Karksi_vallavalitsus, lk 146
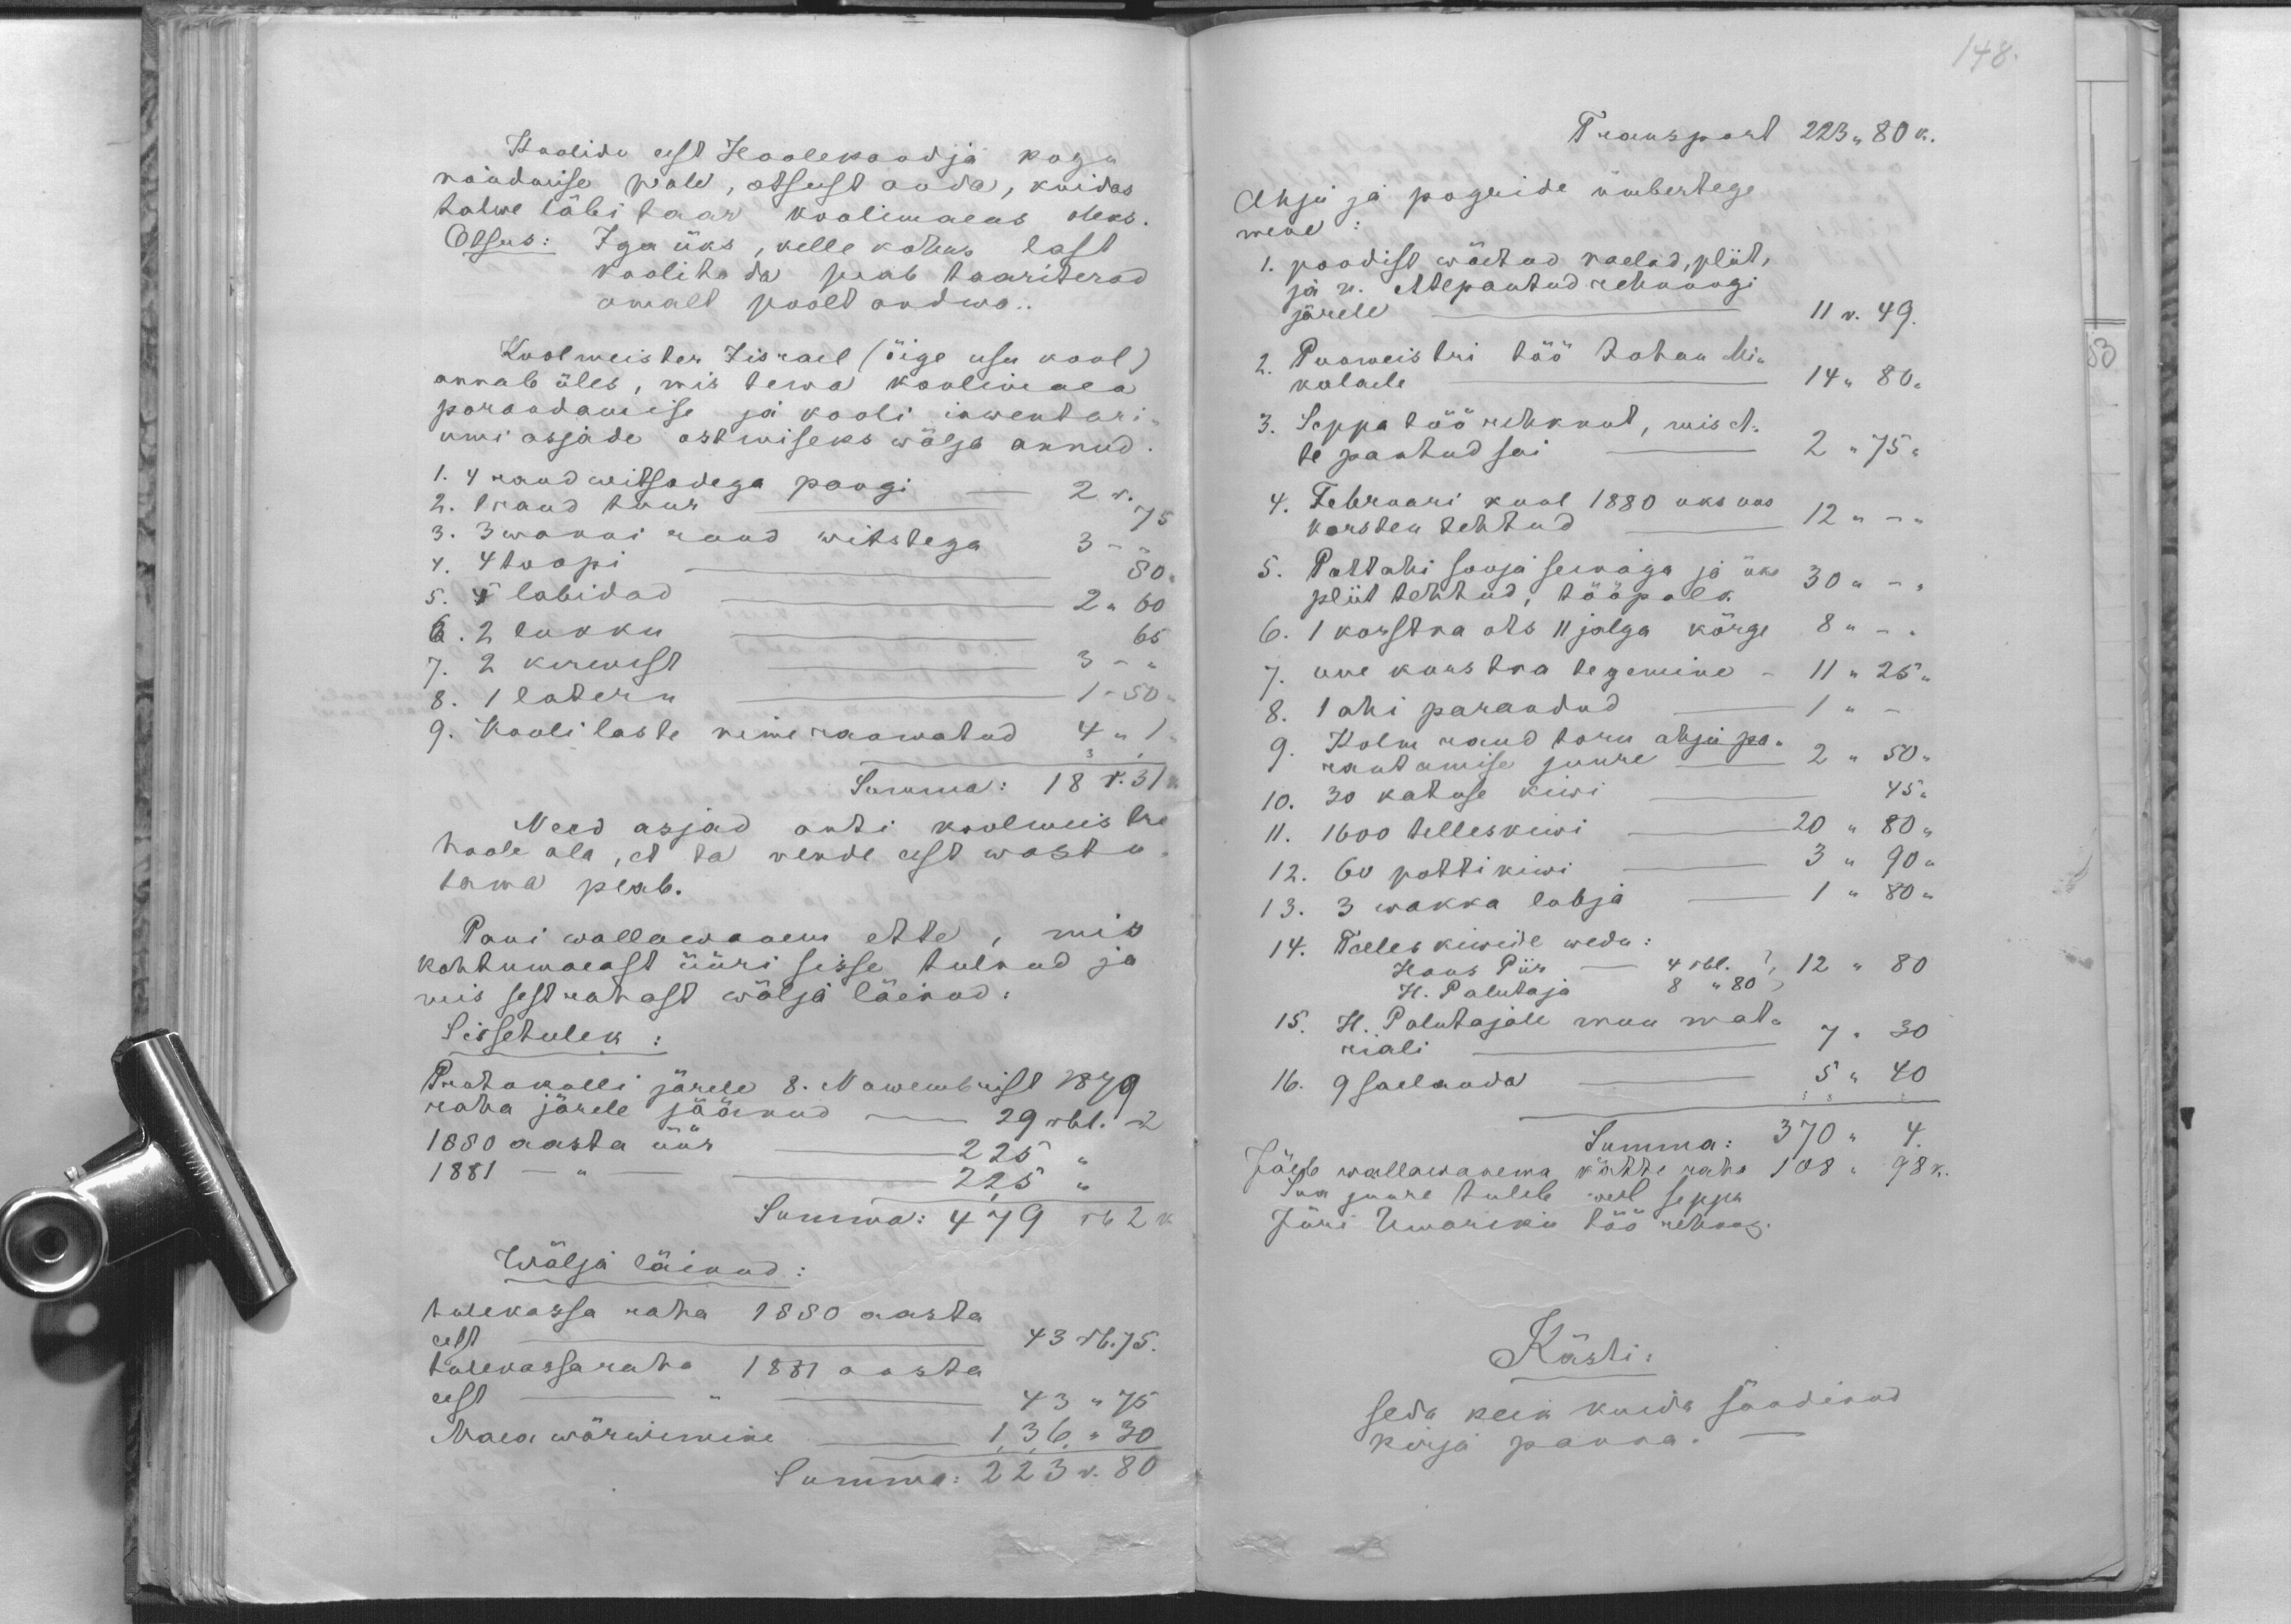
Koolide eest Hoolekaadja kogu
nöudmise peale, otsust anda, kuidas
talwe läbi taar koolimaeas oleks.
Otsus: Iga üks, kelle kohus last
koolitada peab taariterad
omalt poolt andma.
Koolmeister Iisarel (õige usu kool)
annab üles, mis tema koolimaea
parandamise ja kooli inwentari-
umi asjade ostmiseks wälja annud.
1. 4 raud witsadega pangi - 2 r. 4
2. 1 raud tuur   75
3. 3 wanni raud witstega    3 -.
4 toopi - 50
5. 4 labidad - 2 " 60"
6. 2 lukku
7. 2 kirwest 3 - "
8. 1 latern 1-50
9. Koolilaste nimeraamatud 4 "1"
Summa: 18 r .31 k.
Need asjad anti koolmeistri
hoole ala, et ta nende eest wastu-
tawa peab.
Pani wallawanem ette, mis
kohtumaeast üüri sisse tulnud ja
mis sest rahast wälja läinud:
Sissetulek
Protokolli järele 8. Nowembrist 1879.
raha järele jäänud on 29 rbl. 2
1880 aasta üür. 225
1881   -"- 225
226
Summa: 479 rb 2 k
wälja läinud:
tulekassa raha 1880 aasta
eest 43 rb. 75.
tulekassa raha 1881 aasta
eest  43 " 75 "
Maea wärwimine 136 "30
Summa:223 r. 80

Transport 223 "80 k.
Ahju ja pogride ümbertege
mene
1. poodist wöetud naelad, pliit,
ja n. ettepantud rehnungi
järele - 11 r. 49.
2. Purmeistri töö Johan Mi-
kolaile 14 " 80.
3. Seppa töö rehknut, mis A.
le pantud sai. 2 " 75 "
4. Februari kuul 1880 üks uus 12 ".
korsten tehtud sai
5. Pottahi sooja seinaga ja üks
pliit tehtud, tööpalk. 30 " -
6. 1 korstna ots 11 jalga kõrge 8 " -
7. uue korstna tegemine - 11 "25"
1 ahi parandatud - 1 "
9 Kolm raud toru ahju pa-
rantamise juure  2 " 50 "
10. 30 katuse kiwi   45.
11. 1600 telleskiwi - 20 " 80 "
12. 60 pottikiwi 3 " 90 "
13. 3 wakka lubja - 1 " 80 "
Telles kiwide wedu:
Hans Piir - 4 rbl. 12 " 80
H. Palutaja 8 "80
15. H. Palutajale muu mat
riali 7.30
16. 9 saelauda - 5 " 40
Summa: 370 " 4
Jäeb wallawanema kätte raha 108 " 98 k
Sia juure tuleb weel seppa
Jüri Ümariku töö rehnung.
Kästi:
seda keik kuida säädinud
kirja panna.